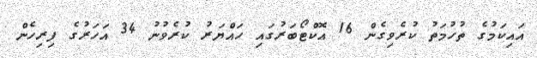
އައިކަމުގެ ތުހުމަތު ކުރެވިގެން 16 އޮކްޓޯބަރުގައި ހައްޔަރު ކުރެވުނު 34 އަހަރުގެ ފިރިހެން